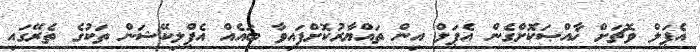
އެޕަލް ވޮޗަށް ޚާއްޞަކޮށްގެން އެޕަލް އިން ތައްޔާރުކޮށްފައިވާ ބައެއް އެޕްލިކޭޝަން ތަކުގެ ތެރޭގައި